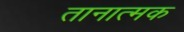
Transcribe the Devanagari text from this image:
तानात्मक